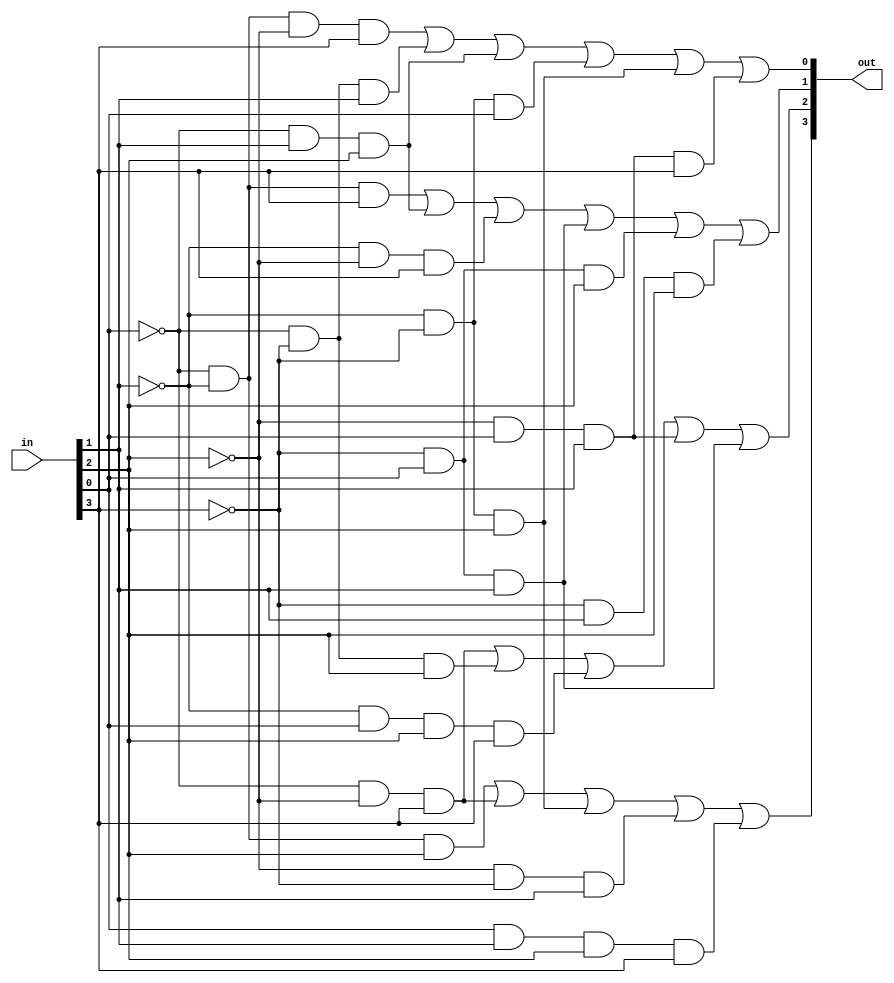
module gf_inv_v2(input [3:0]in ,output [3:0]out);

assign out[0]=((~in[0])&(~in[1])&(~in[2])&in[3])|((~in[0])&(~in[3])&in[1])|((~in[0])&in[1]&in[2])|((~in[1])&(~in[3])&in[0])|((~in[1])&(~in[3])&in[2])|((~in[2])&in[0]&in[1]&in[3]);
assign out[1]=((~in[0])&(~in[1])&in[3])|((~in[0])&in[1]&in[2])|((~in[1])&(~in[2])&in[3])|((~in[3])&in[0]&in[1])|((~in[3])&in[0]&in[2])|((~in[3])&in[1]&in[2]);
assign out[2]=((~in[0])&(~in[2])&in[3])|((~in[0])&(~in[3])&in[2])|((~in[1])&in[0]&in[2]&in[3])|((~in[2])&in[0]&in[1])|((~in[3])&in[0]&in[1]);
assign out[3]=((~in[0])&(~in[1])&in[2])|((~in[0])&(~in[2])&in[3])|((~in[1])&(~in[3])&in[2])|((~in[2])&(~in[3])&in[1])|(in[0]&in[1]&in[2]&in[3]);
endmodule